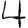
Digit: 4